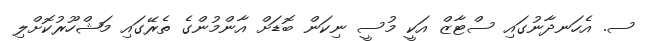
ސ. އެހަނދާނުގައި ސްޓާޒް އަކީ މުސީ ނިކަން ބޮޑަށް އާންމުންގެ ތެރޭގައި މަޝްހޫރުކޮށްލި